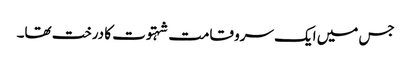
جس میں ایک سرو قامت شہتوت کا درخت تھا۔